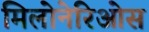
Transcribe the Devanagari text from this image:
मिलोनेरिओस